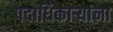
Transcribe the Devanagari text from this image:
पदाधिकाऱ्यांना